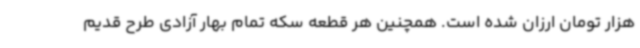
هزار تومان ارزان شده است. همچنین هر قطعه سکه تمام بهار آزادی طرح قدیم